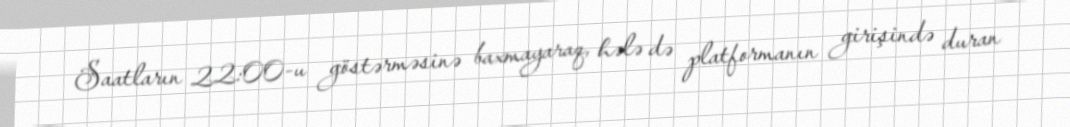
Saatların 22:00-u göstərməsinə baxmayaraq, hələ də platformanın girişində duran